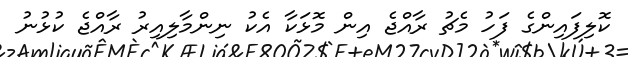
ކޮލިފައިންގެ ފަހު މެޗު ރާއްޖެ އިން މޮޅަކާ އެކު ނިންމާލިއިރު ރާއްޖެ ކުޅުނު